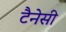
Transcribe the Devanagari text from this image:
टैनेसी